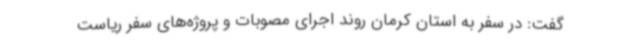
گفت: در سفر به استان کرمان روند اجرای مصوبات و پروژه‌های سفر ریاست